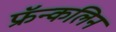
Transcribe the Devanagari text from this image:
फ्रॅन्कलिन